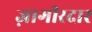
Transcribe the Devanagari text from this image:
ज़ागीरदार